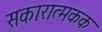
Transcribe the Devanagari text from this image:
सकारात्मकक